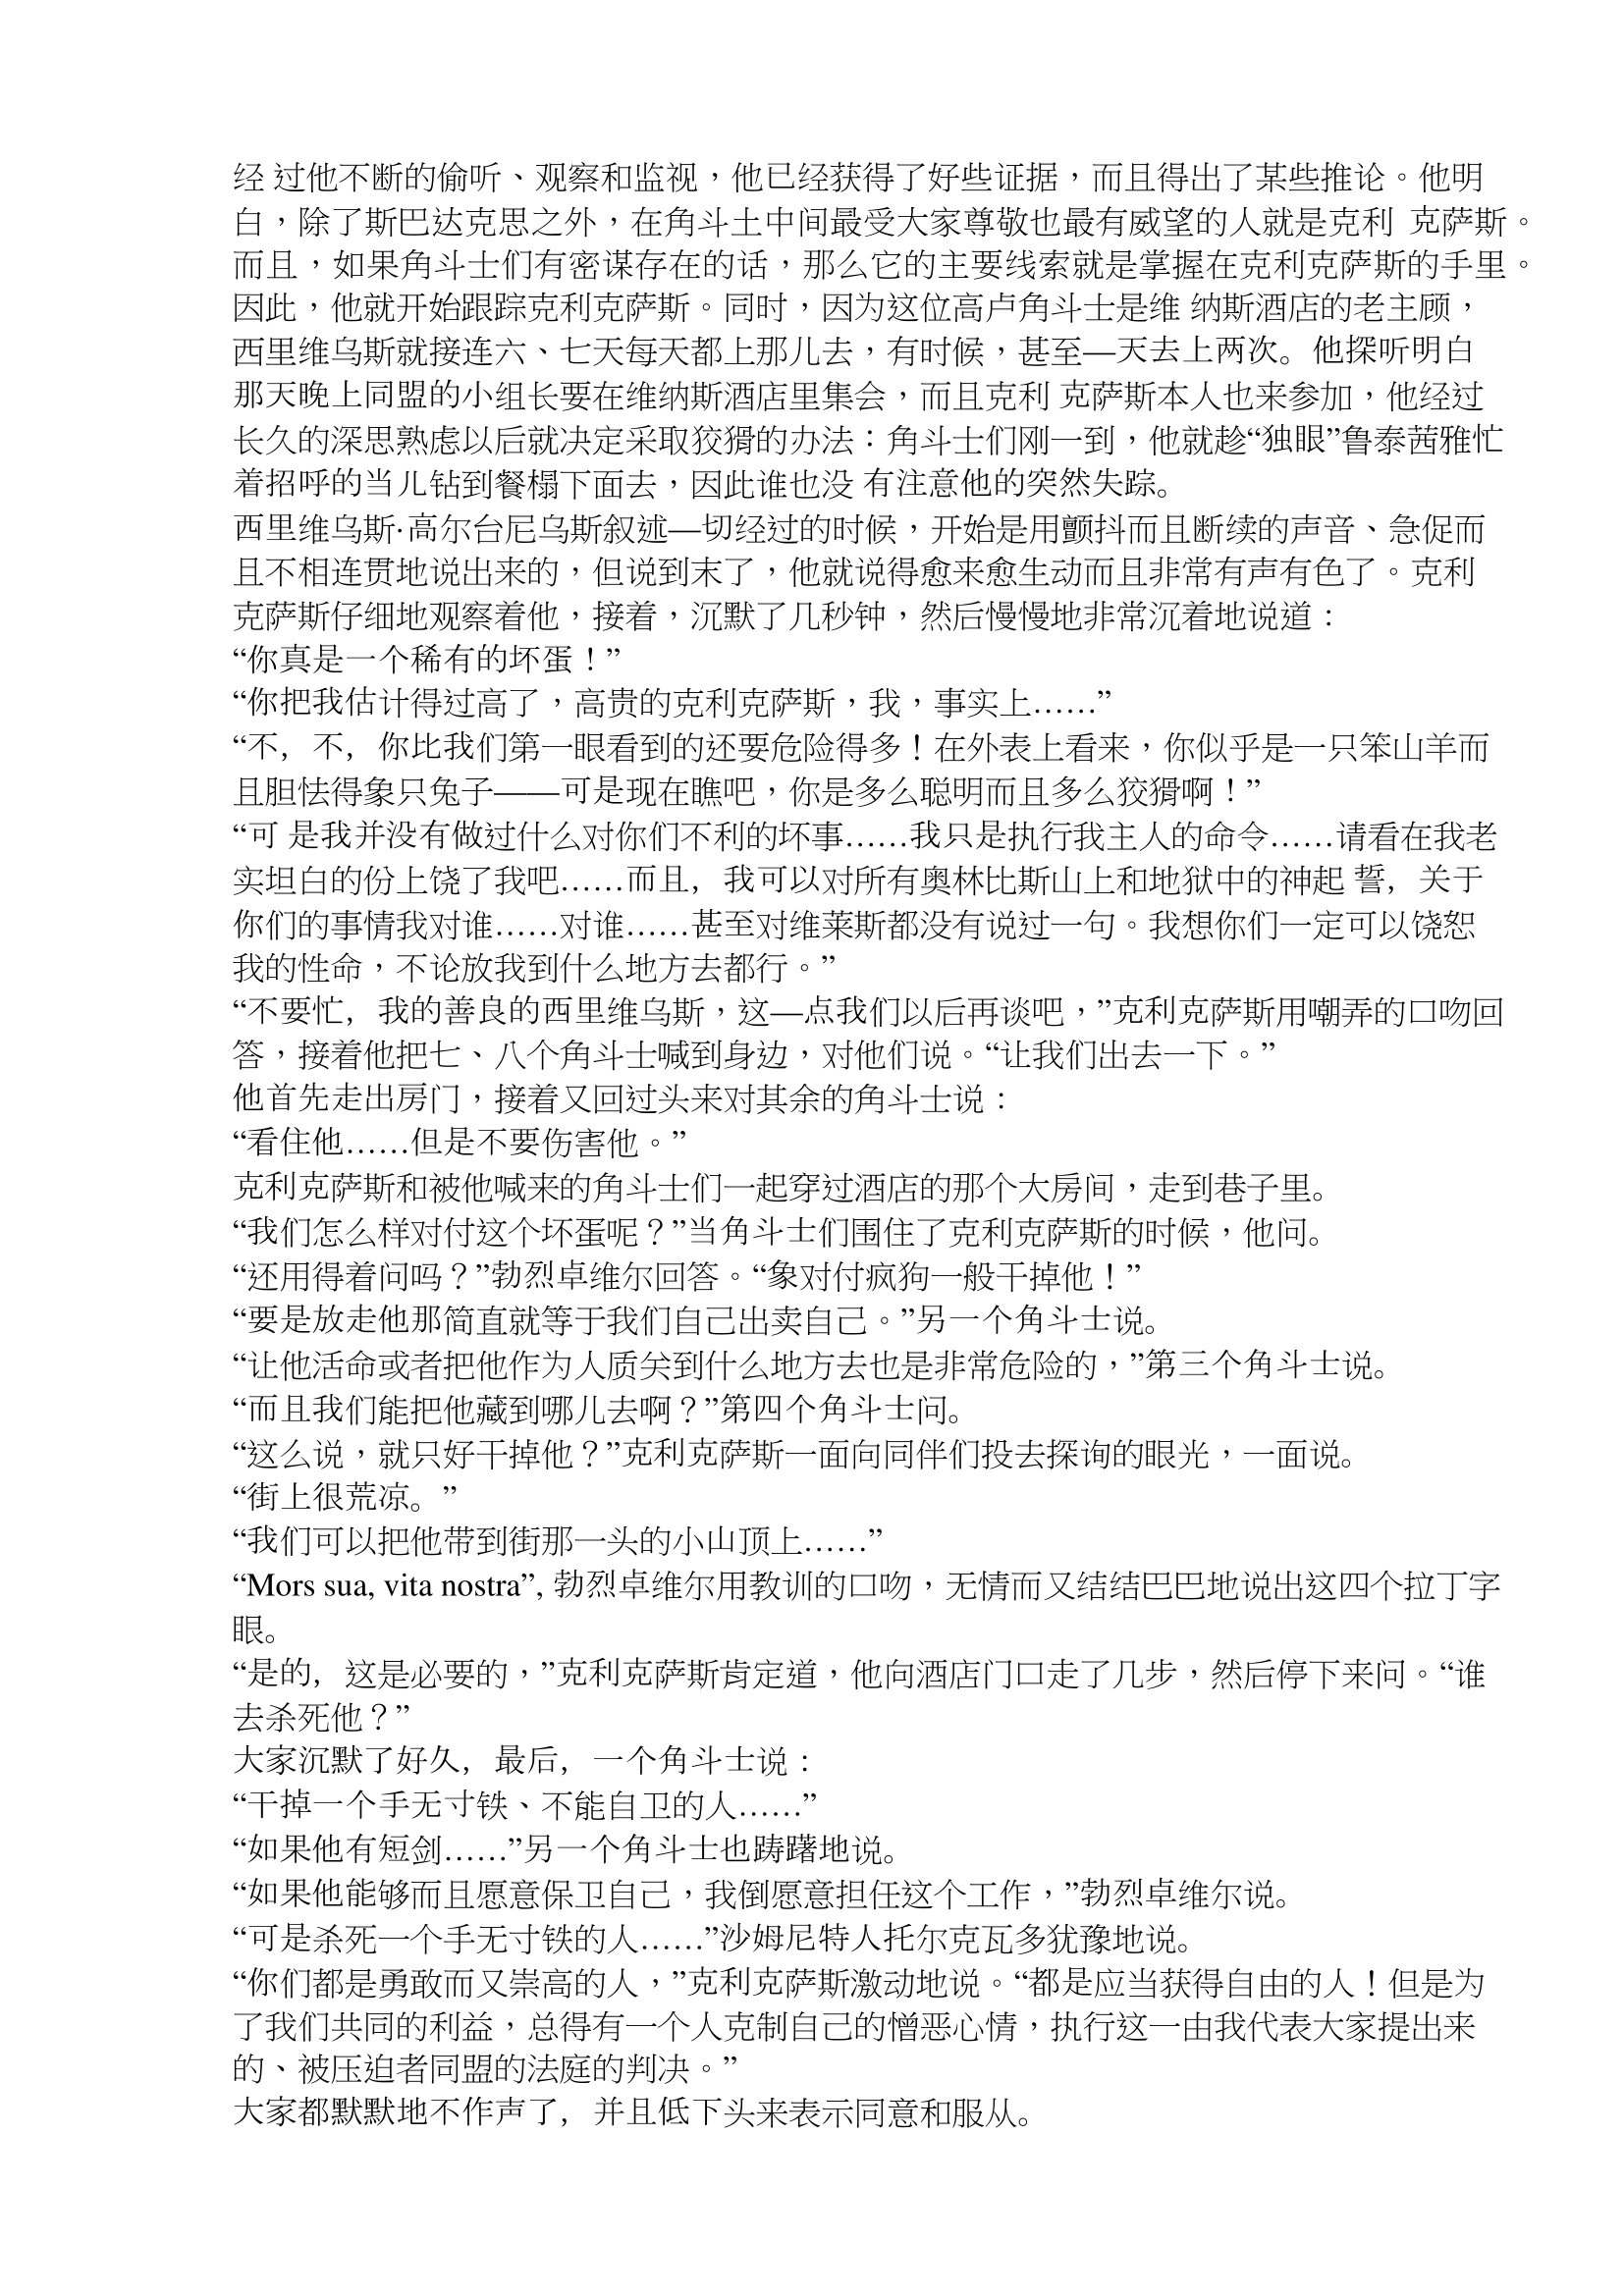
Language: zh